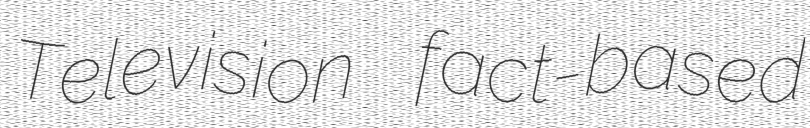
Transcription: Television fact-based